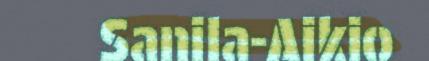
Sanila-Aikio